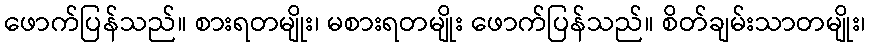
ဖောက်ပြန်သည်။ စားရတမျိုး၊ မစားရတမျိုး ဖောက်ပြန်သည်။ စိတ်ချမ်းသာတမျိုး၊